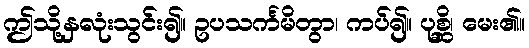
ဤသို့နှလုံးသွင်း၍။ ဥပသင်္ကမိတွာ၊ ကပ်၍။ ပုစ္ဆိ၊ မေး၏။